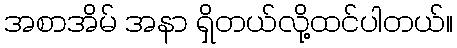
အစာအိမ် အနာ ရှိတယ်လို့ထင်ပါတယ်။